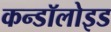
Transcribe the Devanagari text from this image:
कन्डॉलोइड